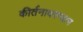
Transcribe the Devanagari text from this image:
कीर्तनादरम्यान